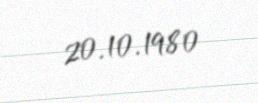
20.10.1980